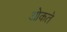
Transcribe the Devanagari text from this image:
ओकते